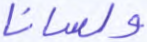
ولسانا